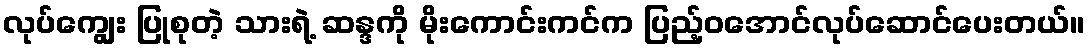
လုပ်ကျွေး ပြုစုတဲ့ သားရဲ့ ဆန္ဒကို မိုးကောင်းကင်က ပြည့်ဝအောင်လုပ်ဆောင်ပေးတယ်။